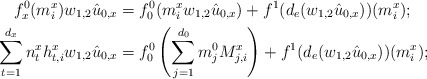
\begin{align*}f_x^0(m_i^x) w_{1,2} \hat{u}_{0,x} &= f^0_0 (m_i^x w_{1,2} \hat{u}_{0,x}) + f^1(d_e(w_{1,2} \hat{u}_{0,x})) (m_i^x);\\\sum_{t=1}^{d_x} n_t^x h_{t,i}^x w_{1,2} \hat{u}_{0,x} &= f^0_0 \left( \sum_{j=1}^{d_0} m_j^0 M_{j,i}^x \right) + f^1(d_e(w_{1,2} \hat{u}_{0,x})) (m_i^x);\end{align*}